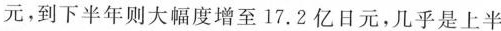
元，到下半年则大幅度增至17.2亿日元，几乎是上半